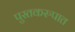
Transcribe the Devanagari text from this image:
पुस्तकरुपात